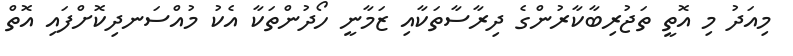
މިއަދު މި އޮތީ ތަޖުރިބާކާރުންގެ ދިރާސާތަކާއި ޒަމާނީ ހޯދުންތަކާ އެކު މުއްސަނދިކޮށްފައި އޮތް